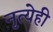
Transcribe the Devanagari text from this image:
नृत्येही